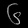
Digit: ၆